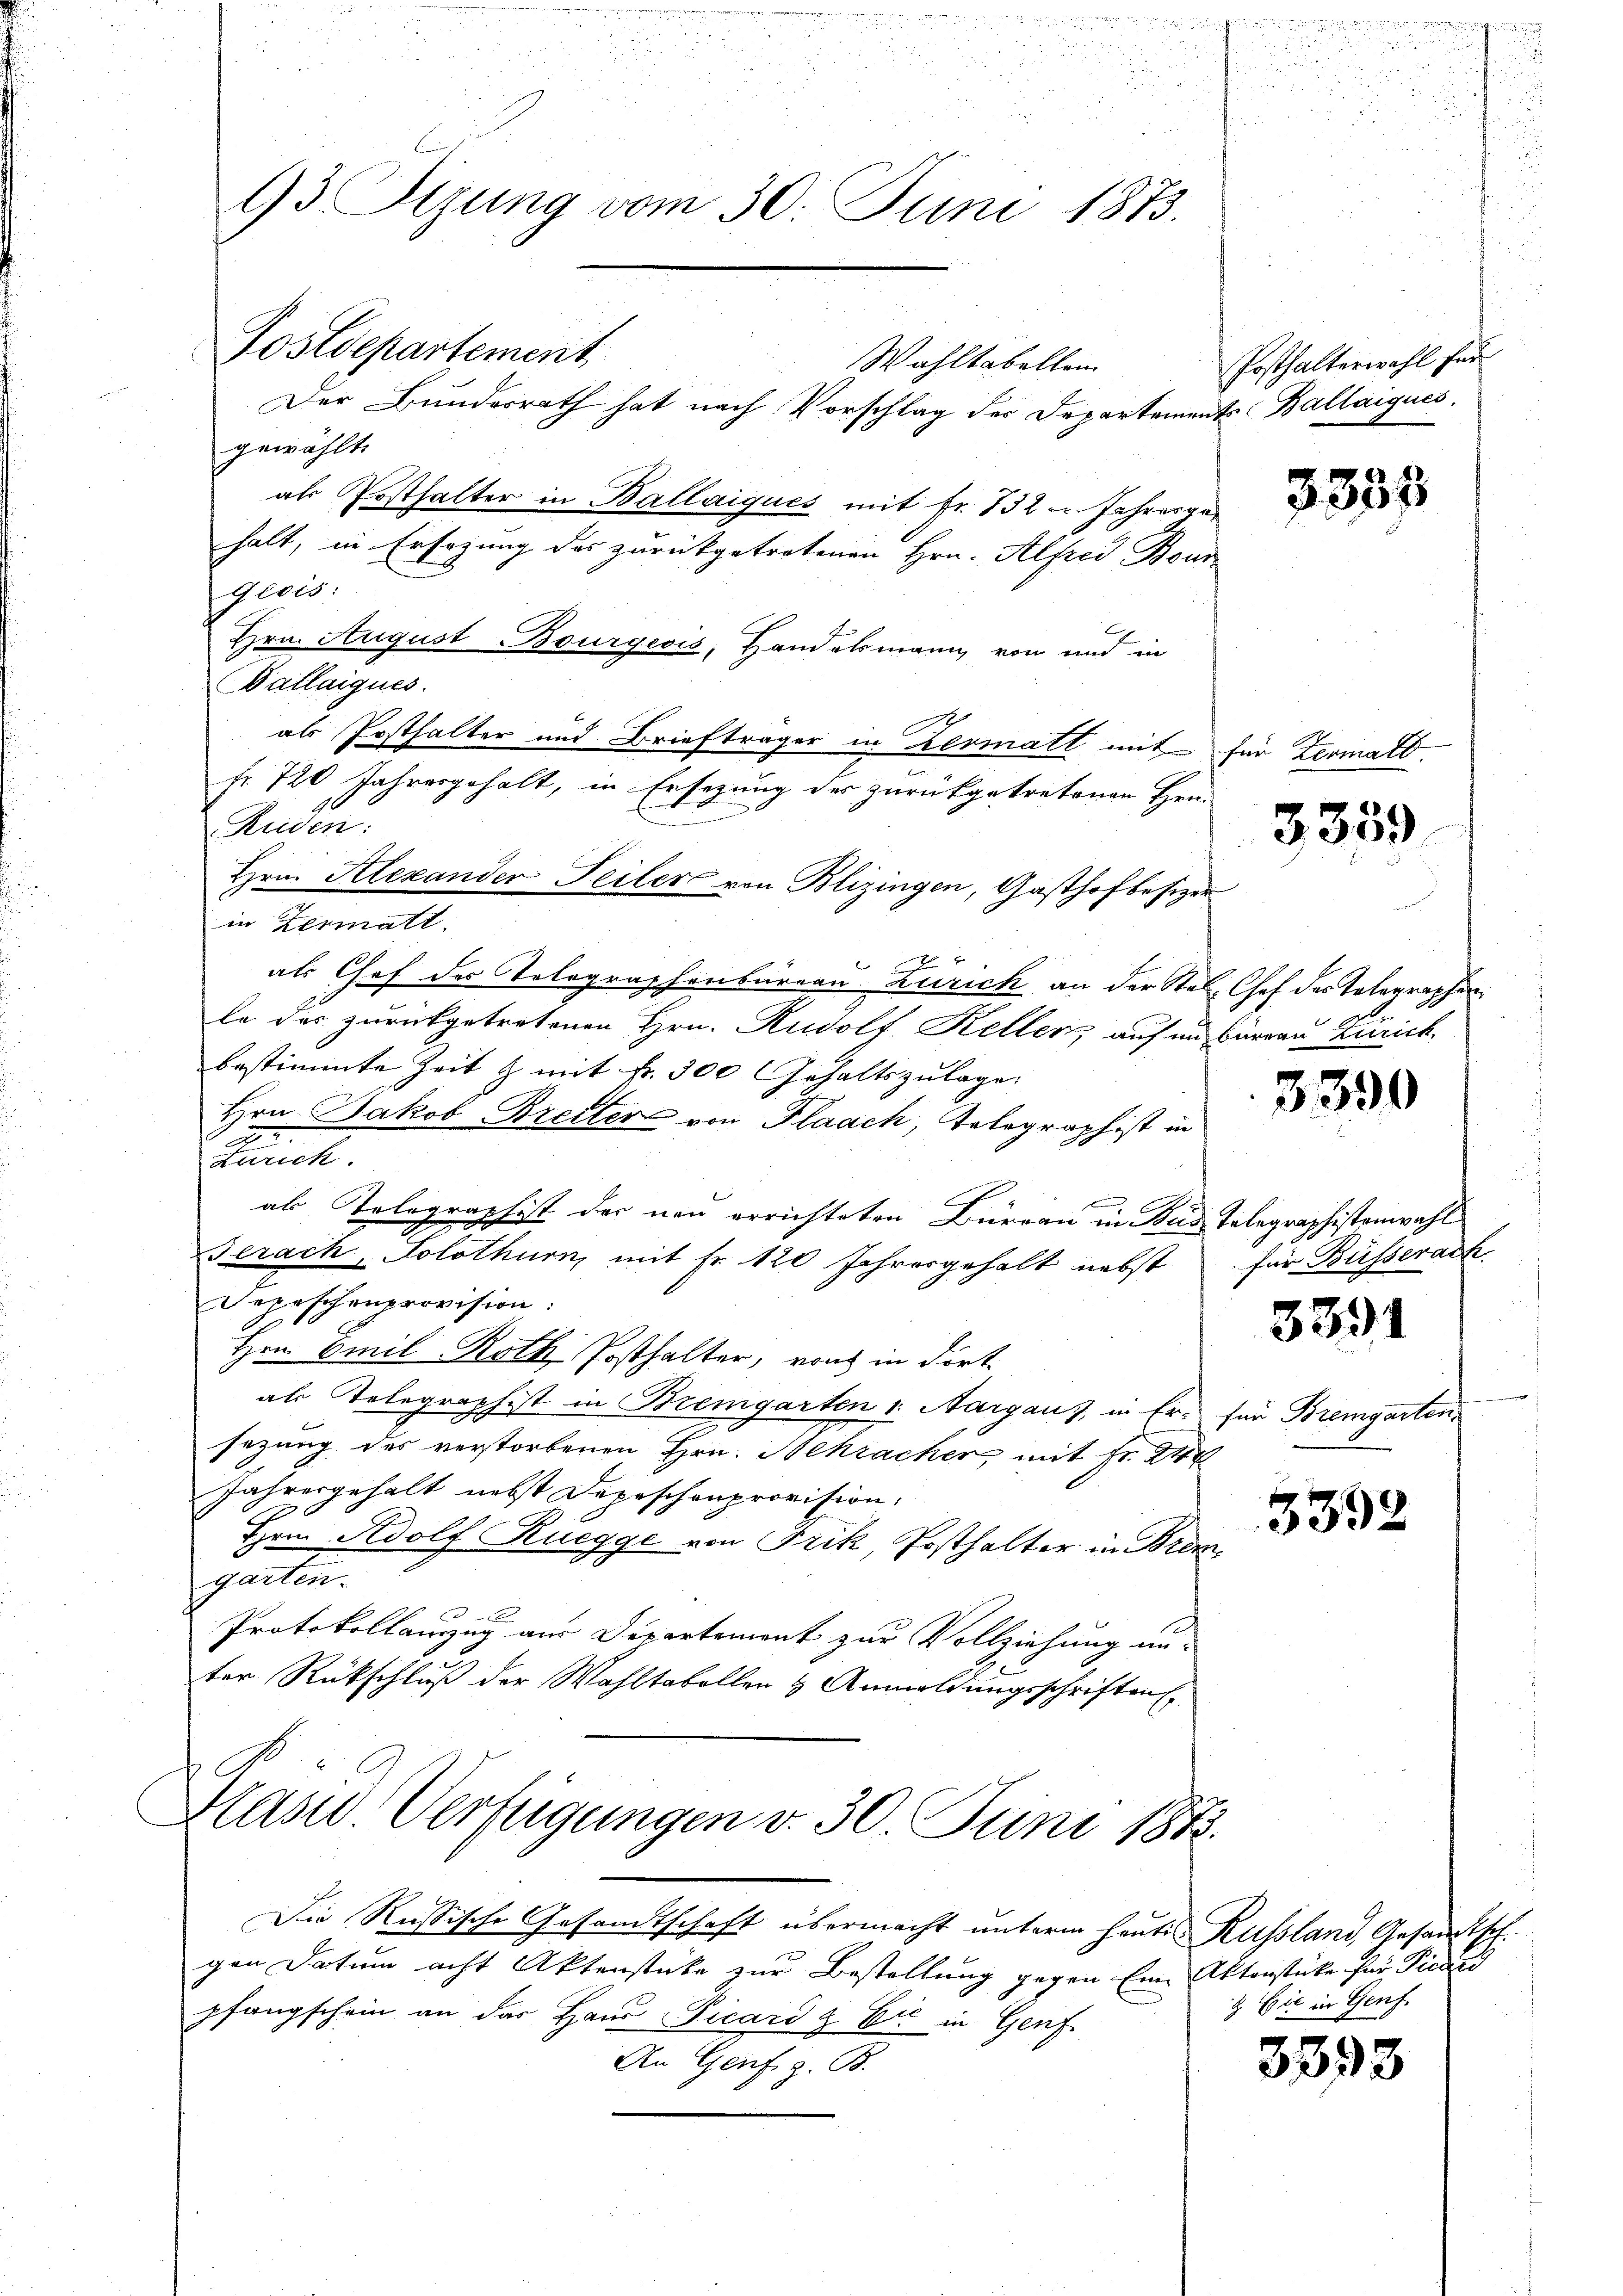
u
u
93 Sizung vom 30. Juni 1873.

Postdepartement

Wahltabellein
Der Bundesrath hat nach Vorschlag der Departements Ballaiqués.
gewählt.
als Posthalter in Ballaigues mit Fr. 132 - Jahresgehalt, in Ersezung des zurückgetretenen Hrn. Alfred Bour
Geois:
Hrn. August Bourgecis, Handelsmann von und in
Vallaiques.
als Posthalter und Briefträger in Zermatt mit für Zermald.
fr. 720 Jahresgehalt, in Ersezung des zurückgetretenen Hrn.
Reiden:
Hrn. Alexander Teiler von Blizingen, Gasthofbesizer
in Zermatt.
als Chef des Tolographenbureau Zürich an der Stel-Chef des Telegraphen
le das zurückgetretenen Hrn. Rudolf Keller auf im Barrau Zürich.
bestimmte Zeit & mit Fr. 300 Gehaltszulage:
Hrn Jakob Breiter von Flaach, Tolograph ist in
.
2
durich
als Telegraphist der neu errichteten Büreau in Bus Telegraphistenwahl
Terach, Solothurn, mit Fr. 120 Jahresgehalt nebst für Büsserach.
Depeschenprovision:
Hrn. Emil Roth Posthalter, von in dort
als Telegraphist in Bremgarten v. Aargaus, in Er- für Bremgarten.
sezung des verstorbenen Hrn. Bekracher mit Fr. 24
Jahresgehalt nebst Depeschenprovision.
E
Ihrm Adolf Ruegge von Frik, Posthalter in Brem
garten.
Protokollauszug aus Departement zur Vollziehung un-
ter Rückschluß der Wahltabellen & Anmeldungsschriften
Präsid. Verfügungen v. 30. Juni 1873.
Die Russische Gesandtschaft übermacht unterm heute Russland, Gesandtsch.
gen Datum acht Aktenstücke zur Bestellung gegen Eine Aktenstücke für Predici
pfangschein an das Hand Picard & Cie in Genf
An Genf z. B.

Posthalterwahl für

3333

3359

3390

3391

3392

& Cie in Genf

3393

.
u